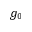
g _ { 0 }